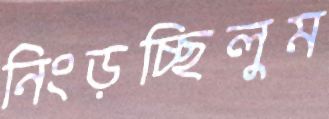
নিংড়চ্ছিলুম